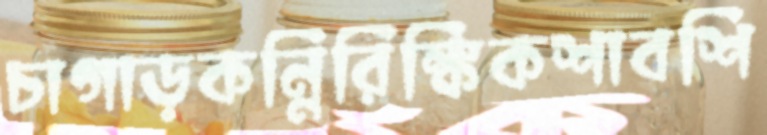
চাগাড়কন্নিরিঙ্কিকশাবশি